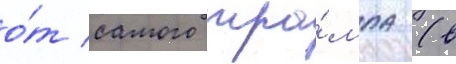
о́т самого тра́мпа (в